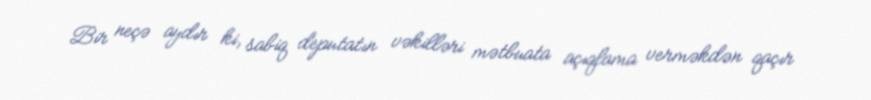
Bir neçə aydır ki, sabiq deputatın vəkilləri mətbuata açıqlama verməkdən qaçır